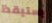
يستيقظ